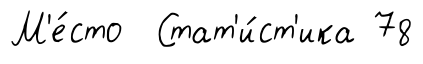
М'е́сто Стат'и́ст'ика 78